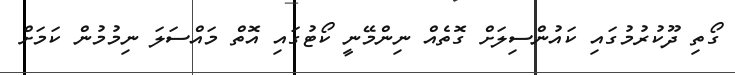
ގޯތި ދޫކުރުމުގައި ކައުންސިލަށް ގޮތެއް ނިންމޭނީ ކޯޓުގައި އޮތް މައްސަލަ ނިމުމުން ކަމަށް